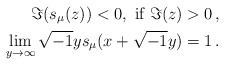
\begin{align*}\Im(s_\mu(z)) < 0, \textrm{ if } \Im(z) >0 \, , \\\lim_{y \to \infty} \sqrt{-1}y s_\mu(x+\sqrt{-1}y) = 1 \, . \end{align*}